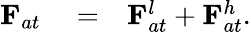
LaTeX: \begin{array}{rlr}{{\mathbf F}_{at}}&{{}=}&{{\mathbf F}_{at}^{l}+{\mathbf F}_{at}^{h}.}\end{array}